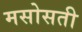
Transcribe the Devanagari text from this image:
मसोसती